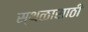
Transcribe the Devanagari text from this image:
स्थळासाठी